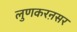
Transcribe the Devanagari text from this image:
लुणकरऩसर